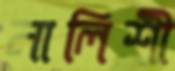
নালিশী